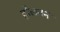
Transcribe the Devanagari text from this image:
हौलनने